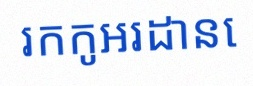
រកកូអរដោនេ